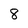
Character: 8